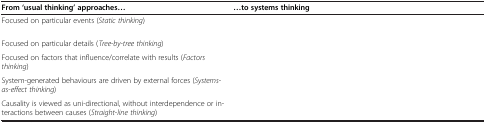
<table><thead><tr><td><b>From ‘usual thinking’ approaches...</b></td><td><b>...to systems thinking</b></td></tr></thead><tbody><tr><td>Focused on particular events (<i>Static thinking</i>)</td><td>[EMPTY_CELL]</td></tr><tr><td>Focused on particular details (<i>Tree</i>-<i>by</i>-<i>tree thinking</i>)</td><td>[EMPTY_CELL]</td></tr><tr><td>Focused on factors that influence/correlate with results (<i>Factors thinking</i>)</td><td>[EMPTY_CELL]</td></tr><tr><td>System-generated behaviours are driven by external forces (<i>Systems</i>-<i>as</i>-<i>effect thinking</i>)</td><td>[EMPTY_CELL]</td></tr><tr><td>Causality is viewed as uni-directional, without interdependence or interactions between causes (<i>Straight</i>-<i>line thinking</i>)</td><td>[EMPTY_CELL]</td></tr></tbody></table>